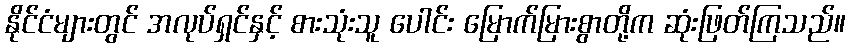
နိုင်ငံများတွင် အလုပ်ရှင်နှင့် စားသုံးသူ ပေါင်း မြောက်မြားစွာတို့က ဆုံးဖြတ်ကြသည်။